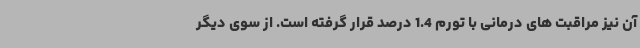
آن نیز مراقبت های درمانی با تورم 1.4 درصد قرار گرفته است. از سوی دیگر